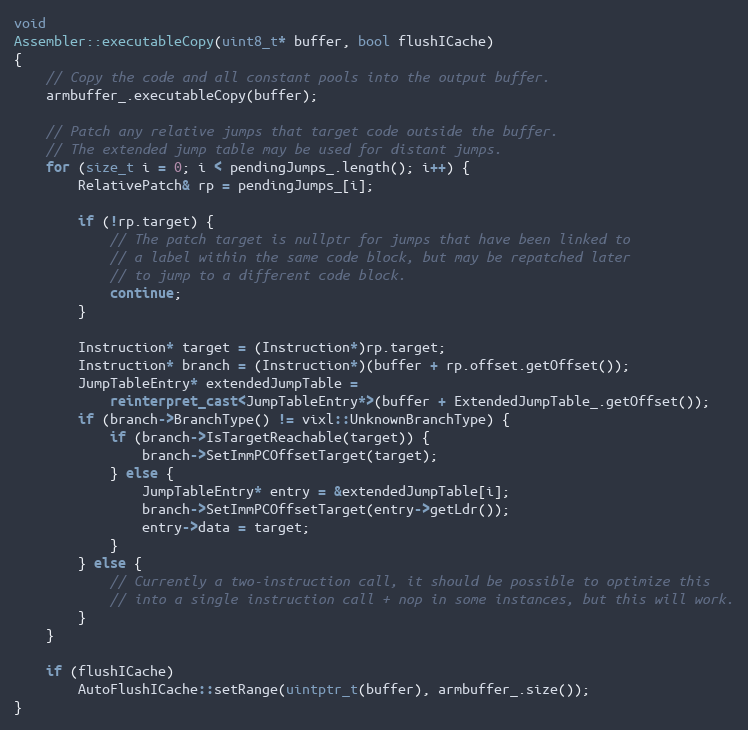
Language: C++
void
Assembler::executableCopy(uint8_t* buffer, bool flushICache)
{
    // Copy the code and all constant pools into the output buffer.
    armbuffer_.executableCopy(buffer);

    // Patch any relative jumps that target code outside the buffer.
    // The extended jump table may be used for distant jumps.
    for (size_t i = 0; i < pendingJumps_.length(); i++) {
        RelativePatch& rp = pendingJumps_[i];

        if (!rp.target) {
            // The patch target is nullptr for jumps that have been linked to
            // a label within the same code block, but may be repatched later
            // to jump to a different code block.
            continue;
        }

        Instruction* target = (Instruction*)rp.target;
        Instruction* branch = (Instruction*)(buffer + rp.offset.getOffset());
        JumpTableEntry* extendedJumpTable =
            reinterpret_cast<JumpTableEntry*>(buffer + ExtendedJumpTable_.getOffset());
        if (branch->BranchType() != vixl::UnknownBranchType) {
            if (branch->IsTargetReachable(target)) {
                branch->SetImmPCOffsetTarget(target);
            } else {
                JumpTableEntry* entry = &extendedJumpTable[i];
                branch->SetImmPCOffsetTarget(entry->getLdr());
                entry->data = target;
            }
        } else {
            // Currently a two-instruction call, it should be possible to optimize this
            // into a single instruction call + nop in some instances, but this will work.
        }
    }

    if (flushICache)
        AutoFlushICache::setRange(uintptr_t(buffer), armbuffer_.size());
}